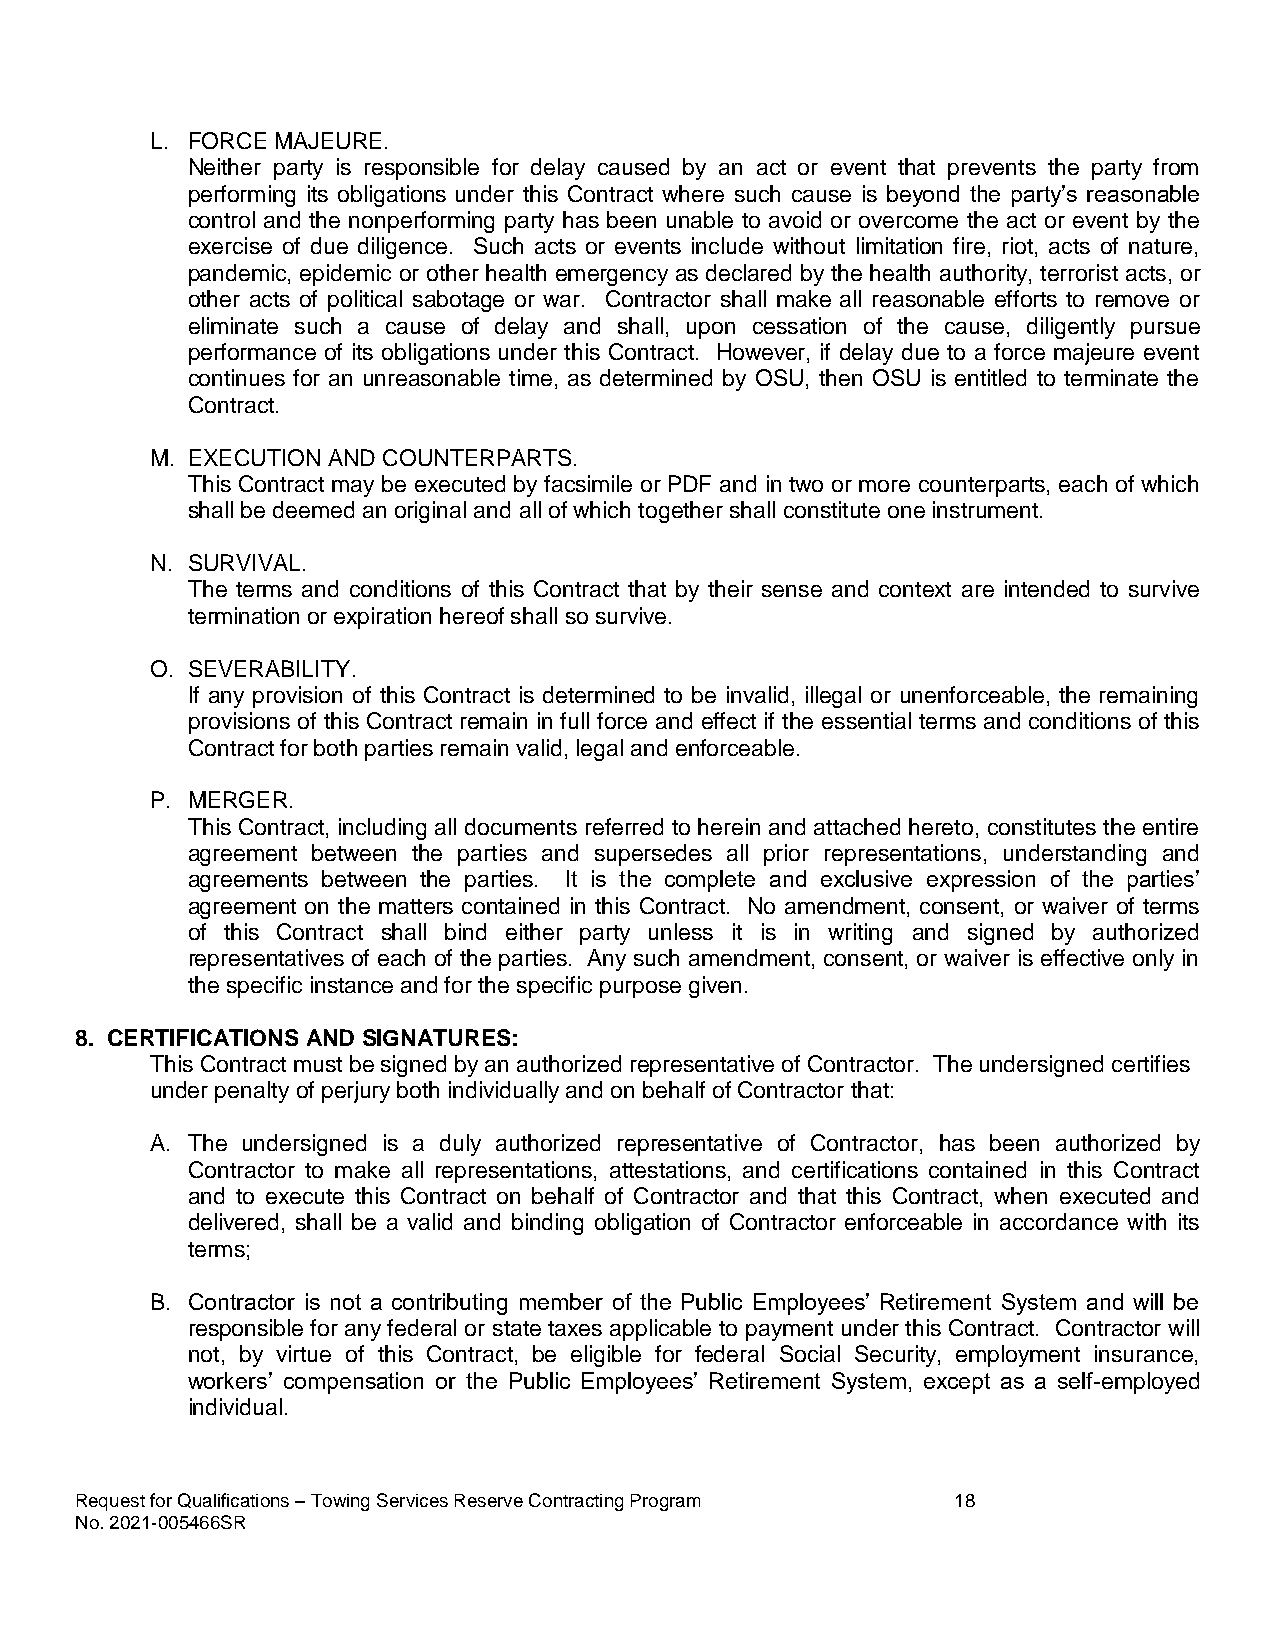
L. FORCE MAJEURE.
 Neither party is responsible for delay caused by an act or event that prevents the party from
 performing its obligations under this Contract where such cause is beyond the party’s reasonable
 control and the nonperforming party has been unable to avoid or overcome the act or event by the
 exercise of due diligence. Such acts or events include without limitation fire, riot, acts of nature,
 pandemic, epidemic or other health emergency as declared by the health authority, terrorist acts, or
 other acts of political sabotage or war. Contractor shall make all reasonable efforts to remove or
 eliminate such a cause of delay and shall, upon cessation of the cause, diligently pursue
 performance of its obligations under this Contract. However, if delay due to a force majeure event
 continues for an unreasonable time, as determined by OSU, then OSU is entitled to terminate the
 Contract.
 M. EXECUTION AND COUNTERPARTS.
 This Contract may be executed by facsimile or PDF and in two or more counterparts, each of which
 shall be deemed an original and all of which together shall constitute one instrument.
 N. SURVIVAL.
 The terms and conditions of this Contract that by their sense and context are intended to survive
 termination or expiration hereof shall so survive.
 O. SEVERABILITY.
 If any provision of this Contract is determined to be invalid, illegal or unenforceable, the remaining
 provisions of this Contract remain in full force and effect if the essential terms and conditions of this
 Contract for both parties remain valid, legal and enforceable.
 P. MERGER.
 This Contract, including all documents referred to herein and attached hereto, constitutes the entire
 agreement between the parties and supersedes all prior representations, understanding and
 agreements between the parties. It is the complete and exclusive expression of the parties’
 agreement on the matters contained in this Contract. No amendment, consent, or waiver of terms
 of this Contract shall bind either party unless it is in writing and signed by authorized
 representatives of each of the parties. Any such amendment, consent, or waiver is effective only in
 the specific instance and for the specific purpose given.
 8. CERTIFICATIONS AND SIGNATURES:
 This Contract must be signed by an authorized representative of Contractor. The undersigned certifies
 under penalty of perjury both individually and on behalf of Contractor that:
 A. The undersigned is a duly authorized representative of Contractor, has been authorized by
 Contractor to make all representations, attestations, and certifications contained in this Contract
 and to execute this Contract on behalf of Contractor and that this Contract, when executed and
 delivered, shall be a valid and binding obligation of Contractor enforceable in accordance with its
 terms;
 B. Contractor is not a contributing member of the Public Employees’ Retirement System and will be
 responsible for any federal or state taxes applicable to payment under this Contract. Contractor will
 not, by virtue of this Contract, be eligible for federal Social Security, employment insurance,
 workers’ compensation or the Public Employees’ Retirement System, except as a self-employed
 individual.
 Request for Qualifications – Towing Services Reserve Contracting Program 18
 No. 2021-005466SR